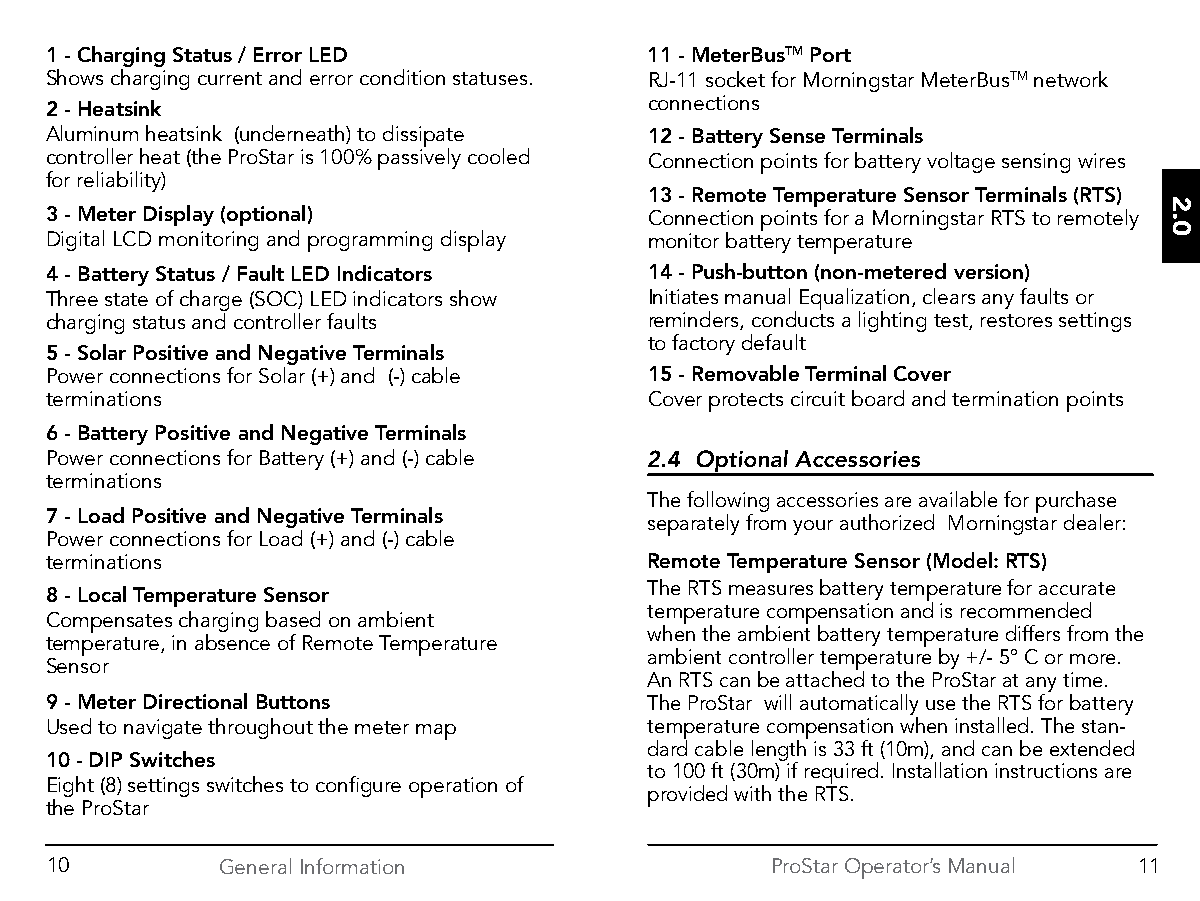
1 - Charging Status / Error LED         11 - MeterBusTM Port
 Shows charging current and error condition statuses. RJ-11 socket for Morningstar MeterBusTM network
 2 - Heatsink                            connections
 Aluminum heatsink (underneath) to dissipate 12 - Battery Sense Terminals
 controller heat (the ProStar is 100% passively cooled Connection points for battery voltage sensing wires
 for reliability)
 13 - Remote Temperature Sensor Terminals (RTS)
 3 - Meter Display (optional)            Connection points for a Morningstar RTS to remotely
 Digital LCD monitoring and programming display monitor battery temperature
 4 - Battery Status / Fault LED Indicators 14 - Push-button (non-metered version)
 Three state of charge (SOC) LED indicators show Initiates manual Equalization, clears any faults or
 charging status and controller faults   reminders, conducts a lighting test, restores settings
 to factory default
 5 - Solar Positive and Negative Terminals
 Power connections for Solar (+) and (-) cable 15 - Removable Terminal Cover
 terminations                            Cover protects circuit board and termination points
 6 - Battery Positive and Negative Terminals
 Power connections for Battery (+) and (-) cable 2.4 Optional Accessories
 terminations
 The following accessories are available for purchase
 7 - Load Positive and Negative Terminals
 separately from your authorized Morningstar dealer:
 Power connections for Load (+) and (-) cable
 terminations                            Remote Temperature Sensor (Model: RTS)
 The RTS measures battery temperature for accurate
 8 - Local Temperature Sensor
 temperature compensation and is recommended
 Compensates charging based on ambient
 when the ambient battery temperature differs from the
 temperature, in absence of Remote Temperature
 ambient controller temperature by +/- 5º C or more.
 Sensor
 An RTS can be attached to the ProStar at any time.
 9 - Meter Directional Buttons           The ProStar will automatically use the RTS for battery
 Used to navigate throughout the meter map temperature compensation when installed. The stan-
 dard cable length is 33 ft (10m), and can be extended
 10 - DIP Switches
 to 100 ft (30m) if required. Installation instructions are
 Eight (8) settings switches to configure operation of
 provided with the RTS.
 the ProStar
 10          General Information                 ProStar Operator’s Manual 11
 2.0